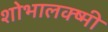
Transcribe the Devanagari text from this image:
शोभालक्ष्मी